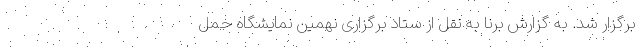
برگزار شد. به گزارش برنا به نقل از ستاد برگزاری نهمین نمایشگاه حمل